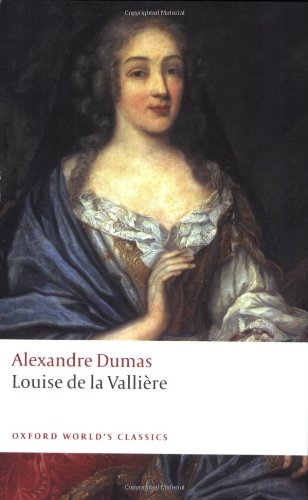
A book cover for Louise de la ValliÃ¨re (Oxford World's Classics); Alexandre Dumas; Literature & Fiction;